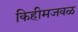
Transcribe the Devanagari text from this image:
किहीमजवळ